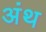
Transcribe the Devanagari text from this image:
अंथ